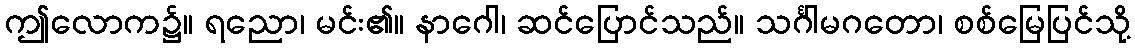
ဤလောက၌။ ရညော၊ မင်း၏။ နာဂေါ၊ ဆင်ပြောင်သည်။ သင်္ဂါမဂတော၊ စစ်မြေပြင်သို့